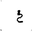
Letter: _kha